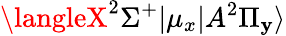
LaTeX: \langleX^{2}\Sigma^{+}|\mu_{x}|A^{2}\Pi_{\mathbf{y}}\rangle